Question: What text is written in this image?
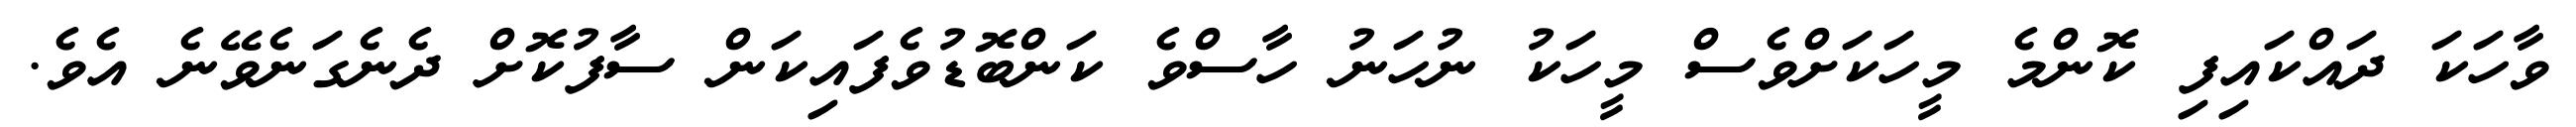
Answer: ވާހަކަ ދައްކައިފި ކޮންމެ މީހަކަށްވެސް މީހަކު ނުހަނު ހާސްވެ ކަންބޮޑުވެފައިކަން ސާފުކޮށް ދެނެގަނެވޭނެ އެވެ.